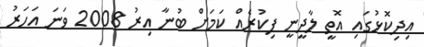
އިދިކޮޅުގައި އޮތީ ލާދީނީ ފިކުރެއް ކަމަށް ބުނާ އިރު 2008 ވަނަ އަހަރު